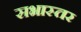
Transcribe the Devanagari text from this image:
सभास्तर